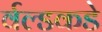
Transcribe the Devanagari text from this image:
र्वल्डकडे